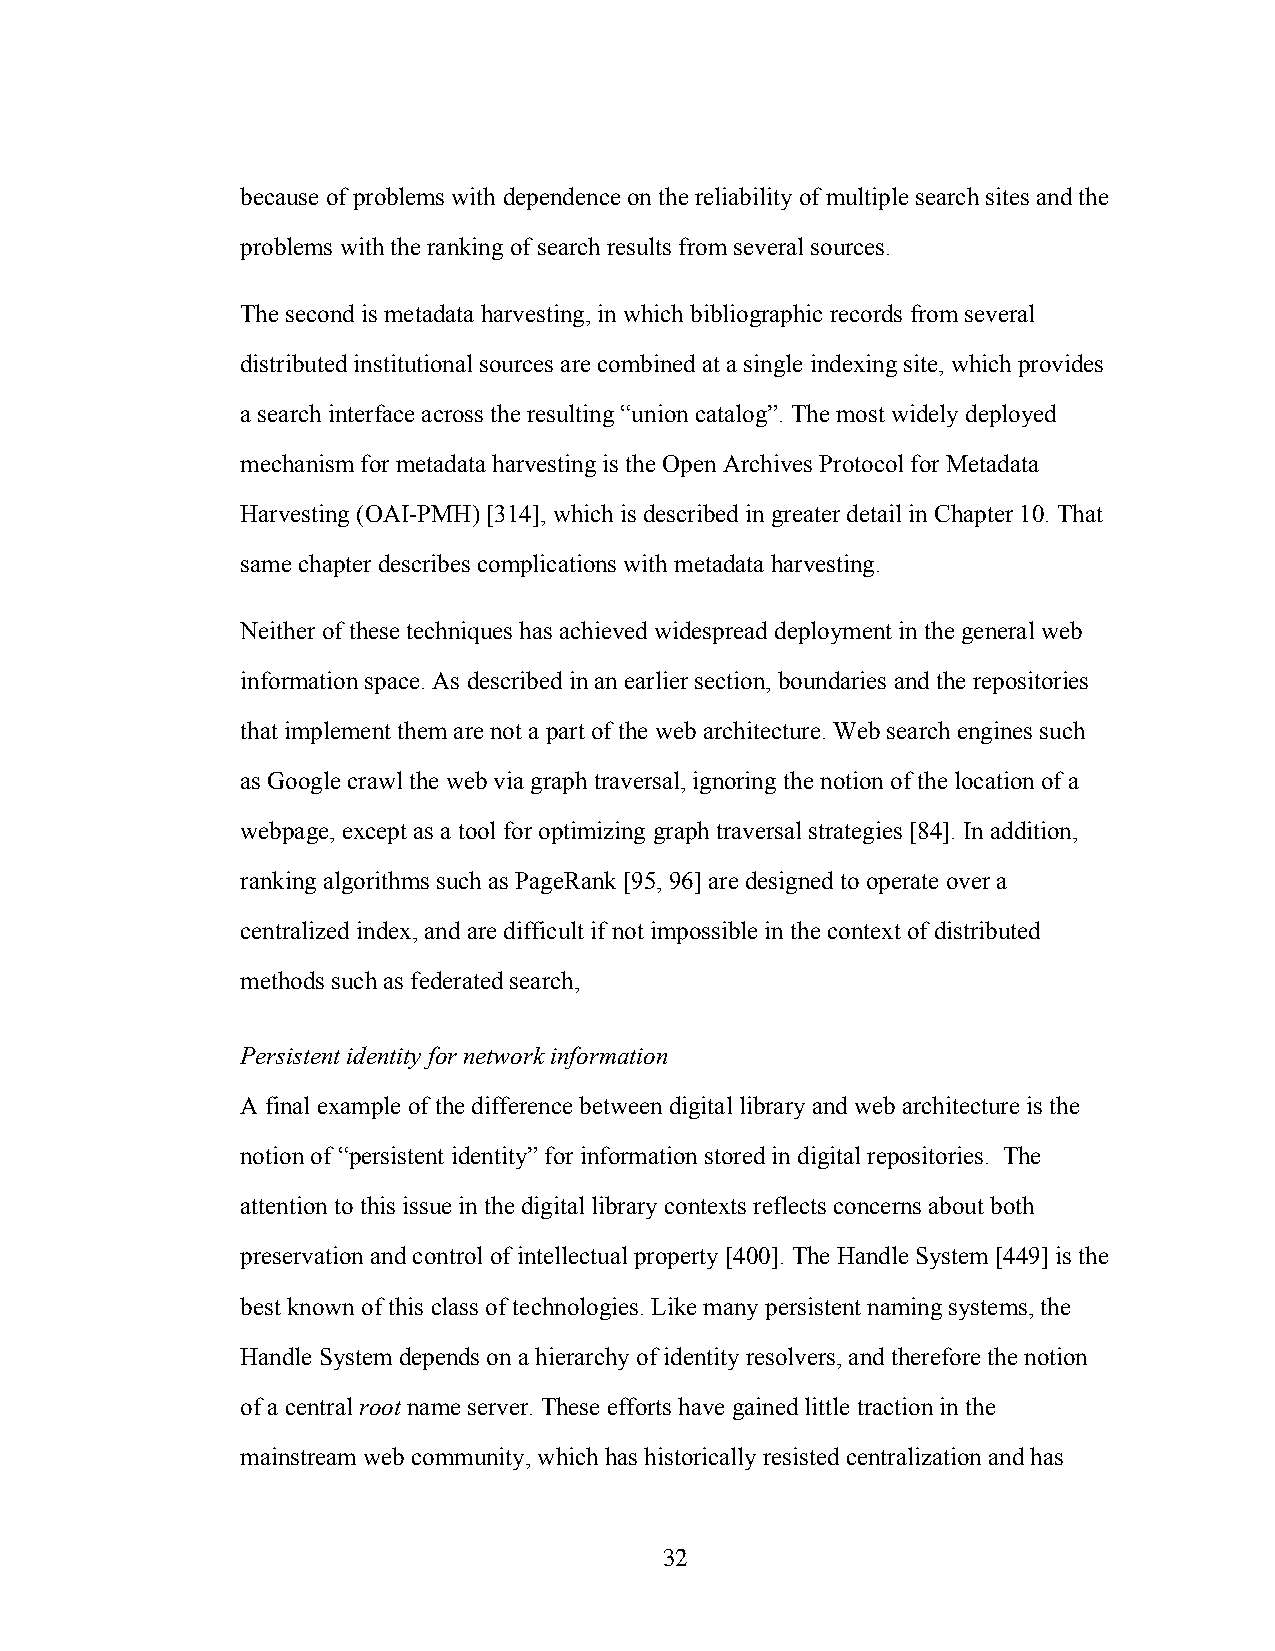
because of problems with dependence on the reliability of multiple search sites and the
 problems with the ranking of search results from several sources.
 The second is metadata harvesting, in which bibliographic records from several
 distributed institutional sources are combined at a single indexing site, which provides
 a search interface across the resulting “union catalog”. The most widely deployed
 mechanism for metadata harvesting is the Open Archives Protocol for Metadata
 Harvesting (OAI-PMH) [314], which is described in greater detail in Chapter 10. That
 same chapter describes complications with metadata harvesting.
 Neither of these techniques has achieved widespread deployment in the general web
 information space. As described in an earlier section, boundaries and the repositories
 that implement them are not a part of the web architecture. Web search engines such
 as Google crawl the web via graph traversal, ignoring the notion of the location of a
 webpage, except as a tool for optimizing graph traversal strategies [84]. In addition,
 ranking algorithms such as PageRank [95, 96] are designed to operate over a
 centralized index, and are difficult if not impossible in the context of distributed
 methods such as federated search,
 Persistent identity for network information
 A final example of the difference between digital library and web architecture is the
 notion of “persistent identity” for information stored in digital repositories. The
 attention to this issue in the digital library contexts reflects concerns about both
 preservation and control of intellectual property [400]. The Handle System [449] is the
 best known of this class of technologies. Like many persistent naming systems, the
 Handle System depends on a hierarchy of identity resolvers, and therefore the notion
 of a central root name server. These efforts have gained little traction in the
 mainstream web community, which has historically resisted centralization and has
 32